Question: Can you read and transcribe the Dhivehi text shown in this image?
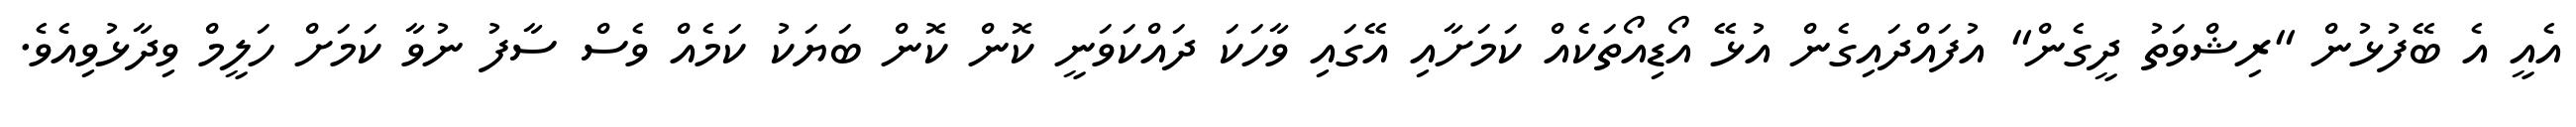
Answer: އެއީ އެ ބޭފުޅުން "ރިޝްވަތު ދީގެން" އުފައްދައިގެން އުޅޭ އޯޑިއޯތަކެއް ކަމަށާއި އޭގައި ވާހަކަ ދައްކަވަނީ ކޮން ކޮން ބަޔަކު ކަމެއް ވެސް ސާފު ނުވާ ކަމަށް ހަލީމް ވިދާޅުވިއެވެ.